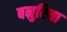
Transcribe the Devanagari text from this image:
बनुरिया